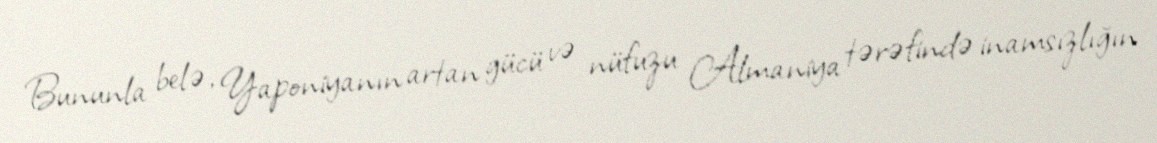
Bununla belə, Yaponiyanın artan gücü və nüfuzu Almaniya tərəfində inamsızlığın